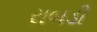
રાબડી